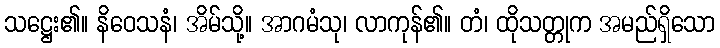
သဋ္ဌေး၏။ နိဝေသနံ၊ အိမ်သို့။ အာဂမံသု၊ လာကုန်၏။ တံ၊ ထိုသတ္တုက အမည်ရှိသော